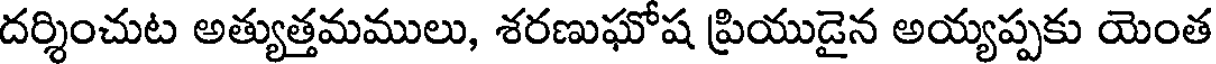
దర్శించుట అత్యుత్తమములు, శరణుఘోష ప్రియుడైన అయ్యప్పకు యెంత